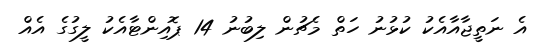
އެ ނަތީޖާއާއެކު ކުޅުނު ހަތް މެޗުން ލިބުނު 14 ޕޮއިންޓާއެކު ލީގުގެ އެއް